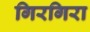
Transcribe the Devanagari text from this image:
गिरगिरा